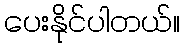
ပေးနိုင်ပါတယ်။